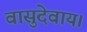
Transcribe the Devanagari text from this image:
वासुदेवाय।